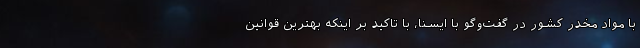
با مواد مخدر کشور در گفت‌وگو با ایسنا، با تاکید بر اینکه بهترین قوانین